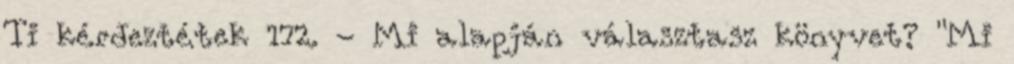
Ti kérdeztétek 172. - Mi alapján választasz könyvet? "Mi